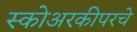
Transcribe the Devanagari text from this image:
स्कोअरकीपरचे